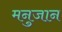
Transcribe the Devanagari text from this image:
मनुजान